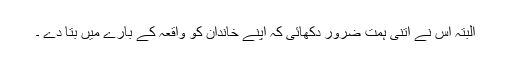
البتہ اس نے اتنی ہمت ضرور دکھائی کہ اپنے خاندان کو واقعہ کے بارے میں بتا دے ۔